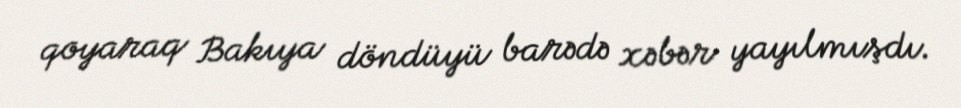
qoyaraq Bakıya döndüyü barədə xəbər yayılmışdı.